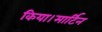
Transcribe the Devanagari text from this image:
किया।मार्टिन